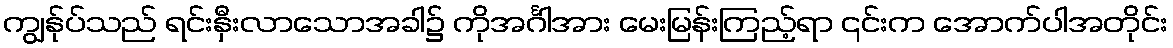
ကျွန်ုပ်သည် ရင်းနှီးလာသောအခါ၌ ကိုအင်္ဂါအား မေးမြန်းကြည့်ရာ ၎င်းက အောက်ပါအတိုင်း